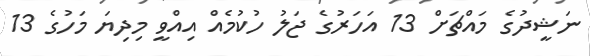
ނަޝީދުގެ މައްޗަށް 13 އަހަރުގެ ޖަލު ހުކުމެއް އިއްވީ މިދިޔަ މަހުގެ 13